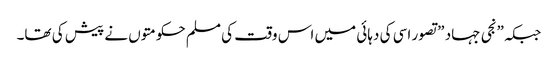
جبکہ\”نجی جہاد \”تصور اسی کی دہائی میں اس وقت کی مسلم حکومتوں نے پیش کی تھا۔